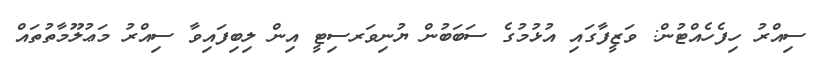
ސިއްރު ހިފެހެއްޓުން: ވަޒީފާގައި އުޅުމުގެ ސަބަބުން ޔުނިވަރސިޓީ އިން ލިބިފައިވާ ސިއްރު މަޢުލޫމާތުތައް